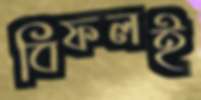
বিফলই